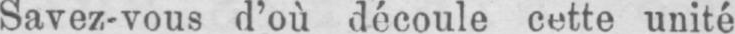
Savez-vous d’où découle cette unité